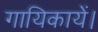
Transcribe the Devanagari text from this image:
गायिकायें।